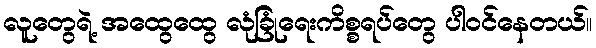
လူတွေရဲ့ အထွေထွေ လုံခြုံရေးကိစ္စရပ်တွေ ပါဝင်နေတယ်။